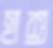
হাশু